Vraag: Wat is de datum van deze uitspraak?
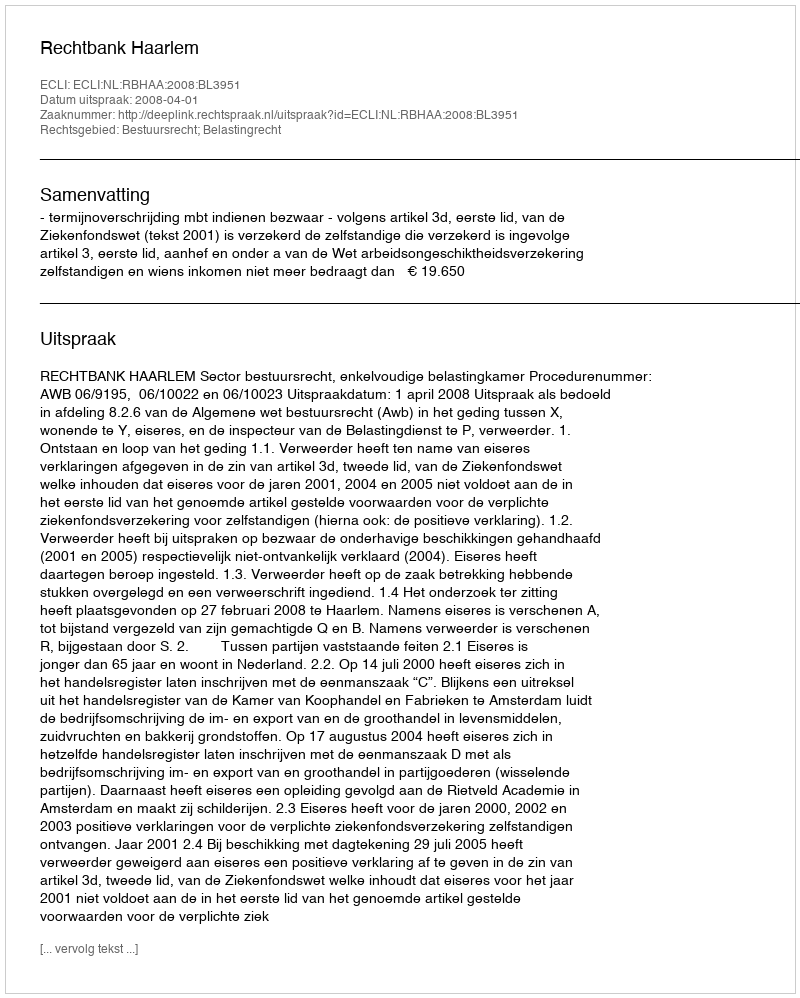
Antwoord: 2008-04-01